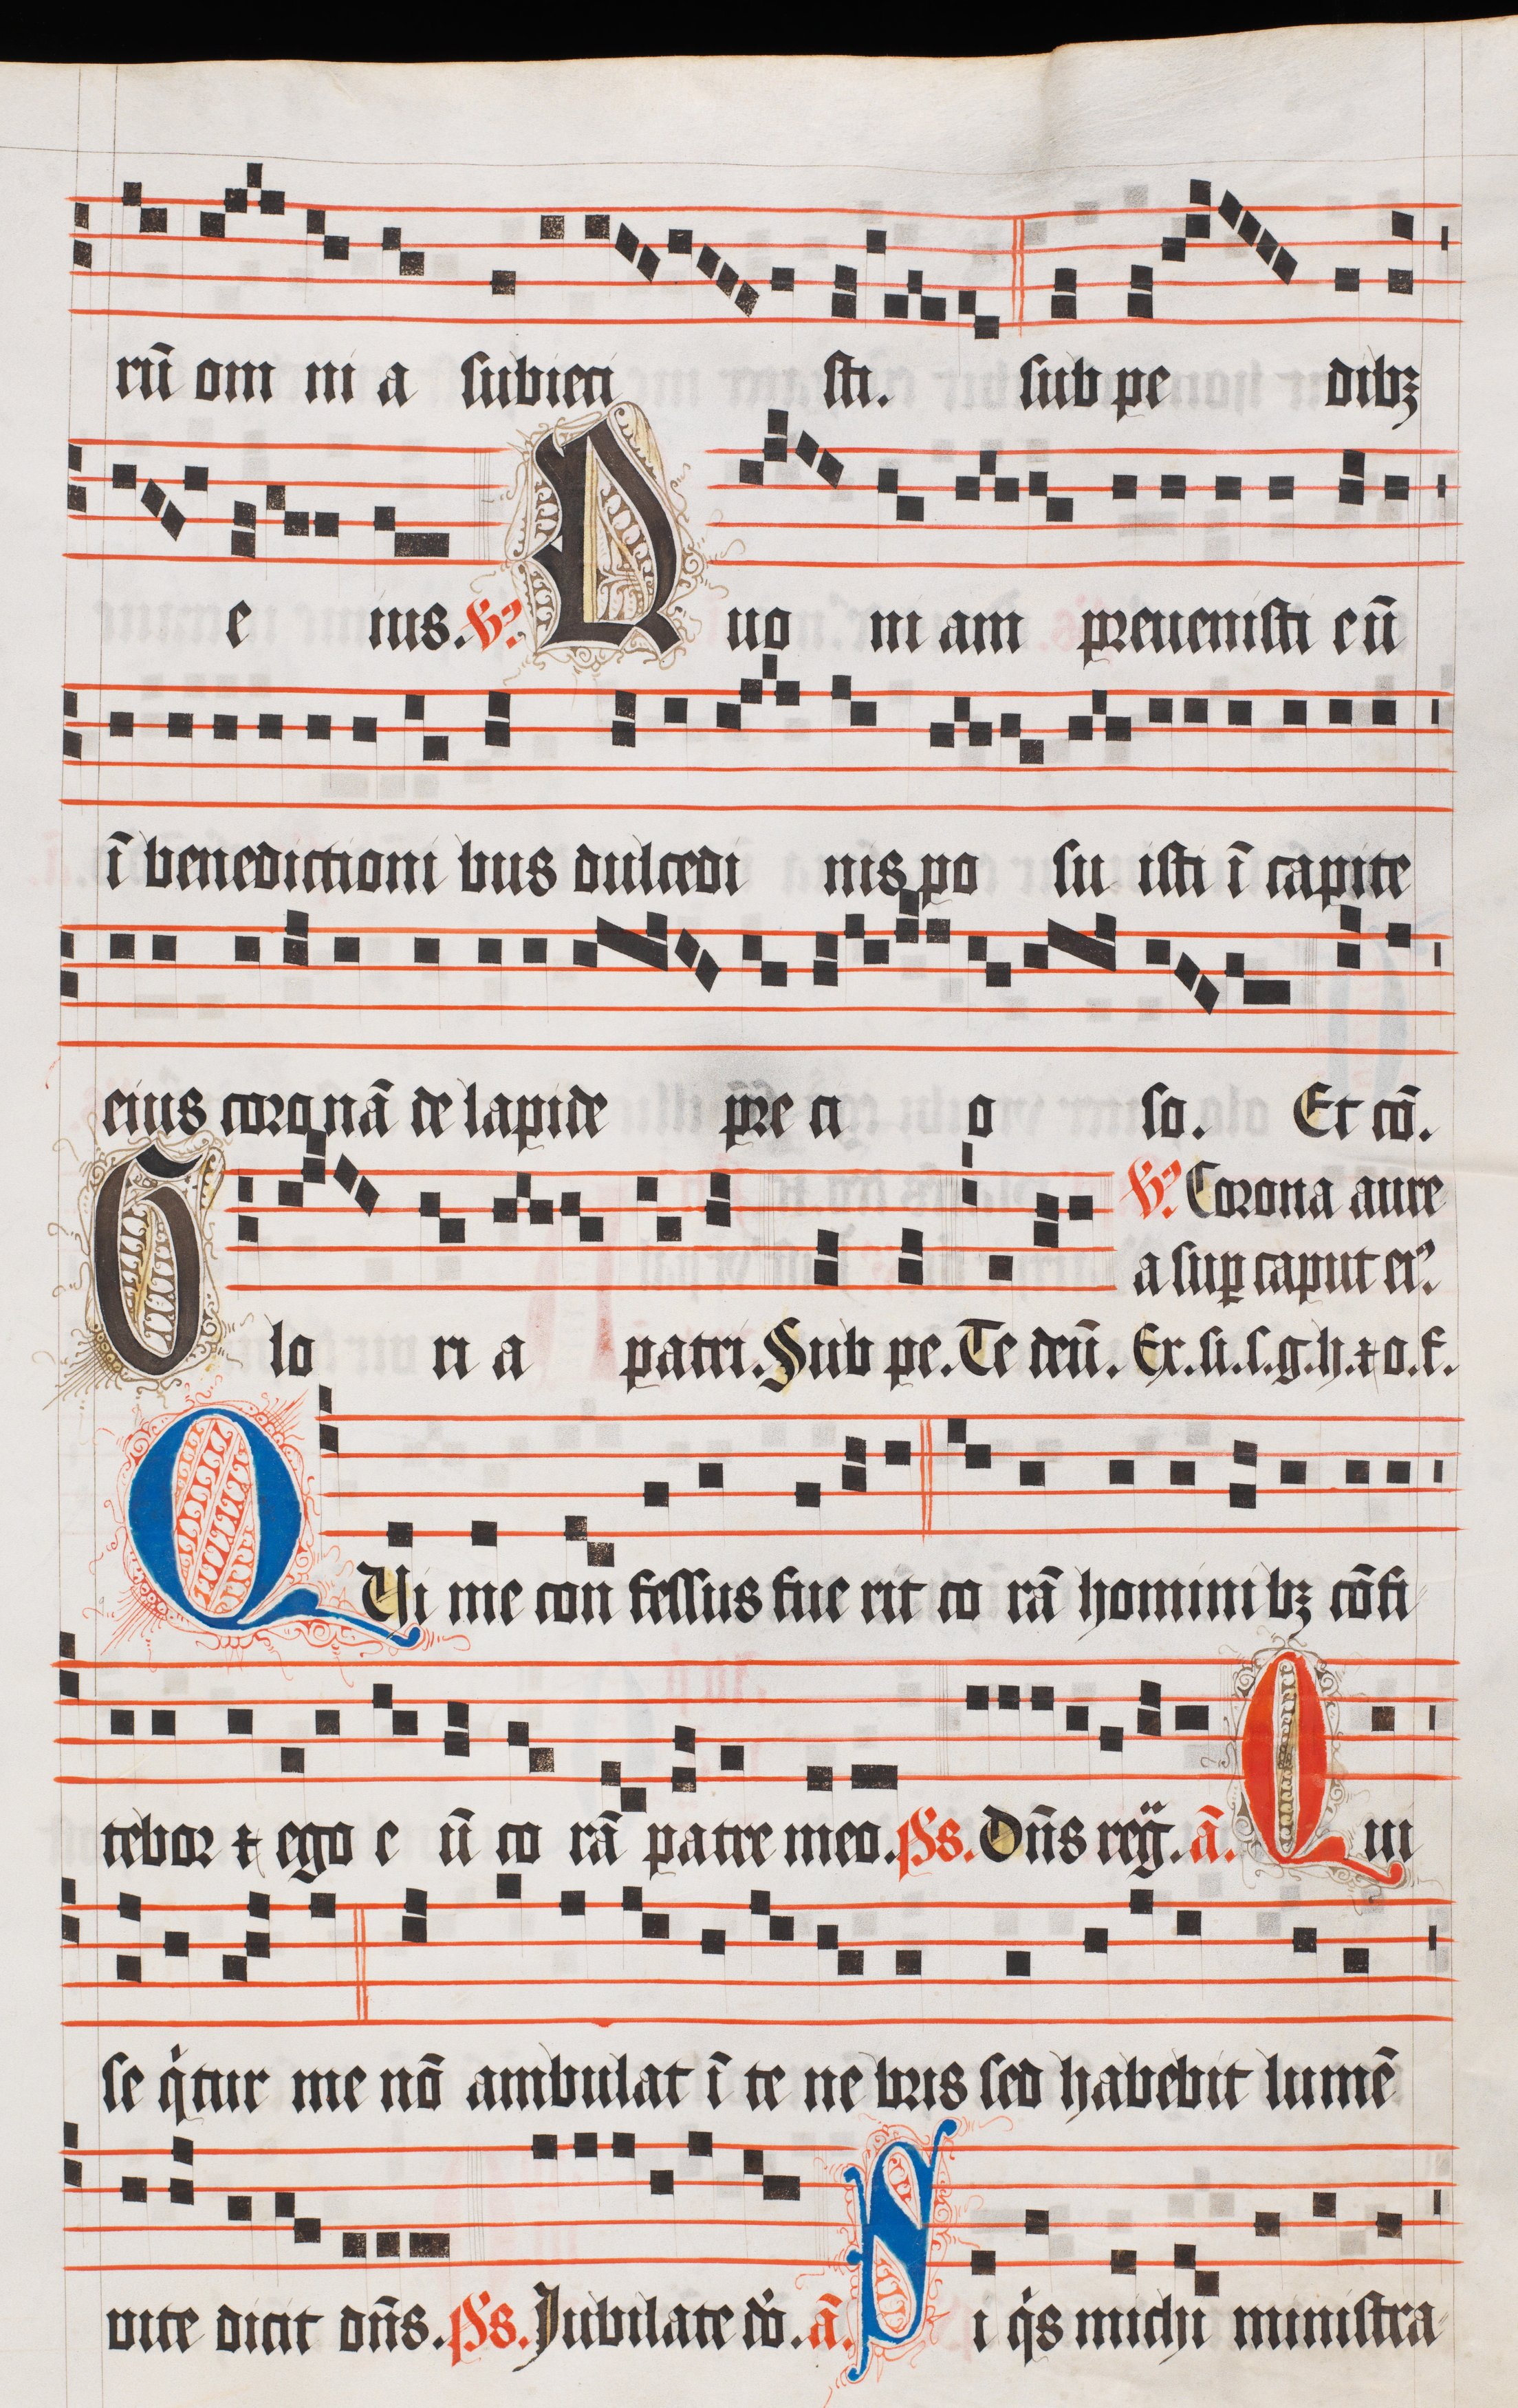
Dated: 1510–1517